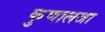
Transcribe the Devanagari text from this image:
कुणालजा